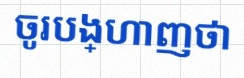
ចូរបង្ហាញថា